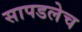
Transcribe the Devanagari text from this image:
सापडलेच